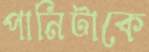
পানিটাকে